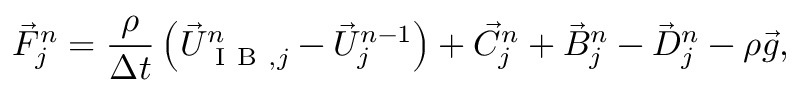
\vec { F } _ { j } ^ { n } = \frac { \rho } { \Delta t } \left( \vec { U } _ { \mathrm { ~ I ~ B ~ } , j } ^ { n } - \vec { U } _ { j } ^ { n - 1 } \right) + \vec { C } _ { j } ^ { n } + \vec { B } _ { j } ^ { n } - \vec { D } _ { j } ^ { n } - \rho \vec { g } ,